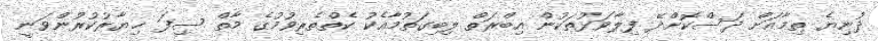
ދުނިޔެ ތިމާއަށް ދަސްކޮށްދޭ ފިލާވަޅުތަކުން އިބްރަތް ލިބިގަތުމާއެކު ކެތްތެރިވުމުގެ މާތް ސިފަ ޚިޔާރުކުރުންވަނީ